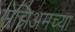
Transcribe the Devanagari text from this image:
सेझिअमच्या